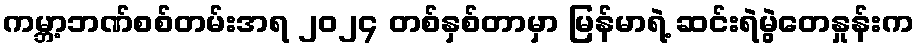
ကမ္ဘာ့ဘဏ်စစ်တမ်းအရ ၂၀၂၄ တစ်နှစ်တာမှာ မြန်မာရဲ့ ဆင်းရဲမွဲတေနှုန်းက